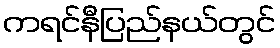
ကရင်နီပြည်နယ်တွင်